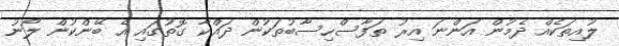
ލުއިތަކެއް ދެމުން އަންނަ އިރު ތަފާސްހިސާބުތަކުން ދައްކާ ގޮތުގައި އެ ބޭންކުން ލޯނު